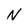
Character: N